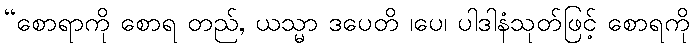
“စောရာကို စောရ တည်, ယသ္မာ ဒပေတိ ၊ပေ၊ ပါဒါနံသုတ်ဖြင့် စောရကို